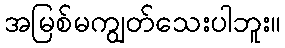
အမြစ်မကျွတ်သေးပါဘူး။